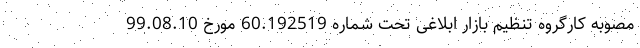
مصوبه کارگروه تنظیم بازار ابلاغی تحت شماره 60.192519 مورخ 99.08.10